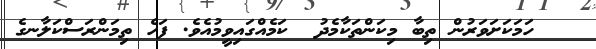
ހަމަކަށަވަރުން ތިބާ މިކަންތަކާމެދު  ކަމެއްގައިވީމުއެވެ. ފަހެ ތިމަންރަސްކަލާނގެ